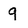
Character: 9